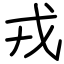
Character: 戎